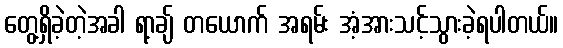
တွေ့ရှိခဲ့တဲ့အခါ ရာ့ချ် တယောက် အရမ်း အံ့အားသင့်သွားခဲ့ရပါတယ်။